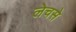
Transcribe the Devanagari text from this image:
लेचसे